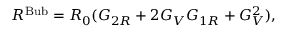
R ^ { \mathrm { B u b } } = R _ { 0 } ( G _ { 2 R } + 2 G _ { V } G _ { 1 R } + G _ { V } ^ { 2 } ) ,